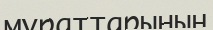
мұраттарының